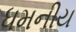
ધમનીય